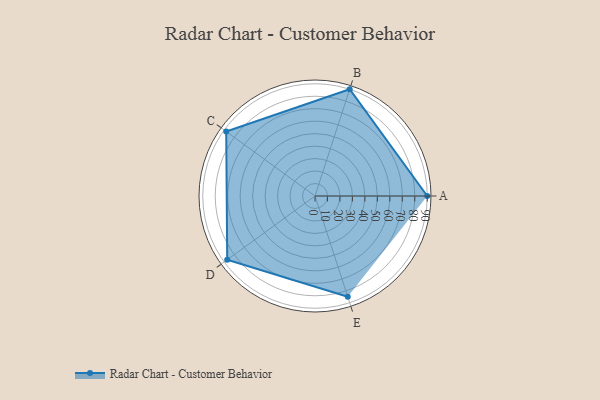
{"axis": {"x": "Skill", "y": "Score"}, "legend": ["Profile"], "data": [{"x": "A", "y": 90.0, "type": "Profile"}, {"x": "B", "y": 90.0, "type": "Profile"}, {"x": "C", "y": 88.0, "type": "Profile"}, {"x": "D", "y": 87.0, "type": "Profile"}, {"x": "E", "y": 85.0, "type": "Profile"}]}